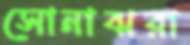
সোনাঝরা